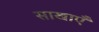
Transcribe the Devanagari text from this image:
साखाएँ